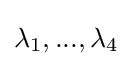
\lambda _{1},...,\lambda _{4}